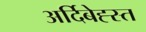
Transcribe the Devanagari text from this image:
अर्दिबेह्स्त